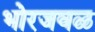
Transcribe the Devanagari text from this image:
भोरजवळ